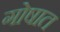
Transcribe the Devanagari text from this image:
गोषात